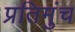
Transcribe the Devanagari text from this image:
प्रतिमुंच